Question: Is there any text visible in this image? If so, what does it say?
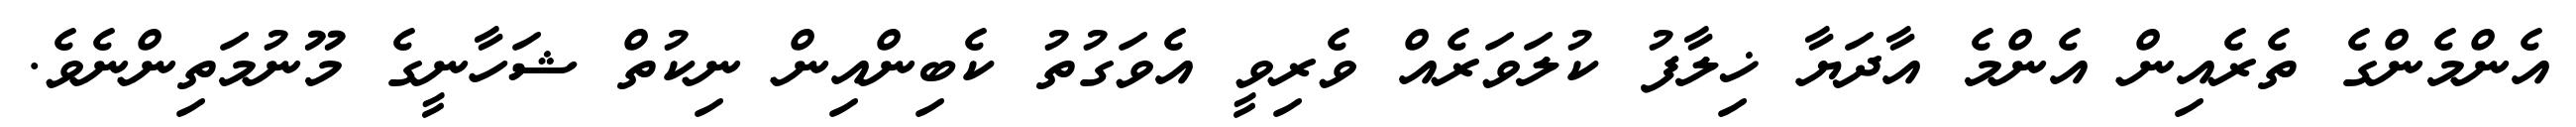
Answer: އެންމެންގެ ތެރެއިން އެންމެ އާދަޔާ ޚިލާފު ކުލަވަރެއް ވެރިވީ އެވަގުތު ކެބިންއިން ނިކުތް ޝަހާނީގެ މޫނުމަތިންނެވެ.